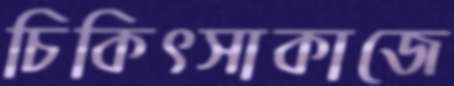
চিকিৎসাকাজে